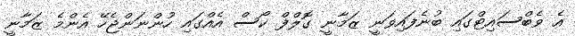
އެ ވެބްސައިޓްގައި ބުނެފައިވަނީ ޒަމާނީ ގޮލްފް ކޯސް އެއްގައި ހުންނަންޖެހޭ އެންމެ ޒަމާނީ